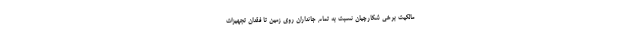
مالکیت برخی شکارچیان نسبت به تمام جانداران روی زمین تا فقدان تجهیزات